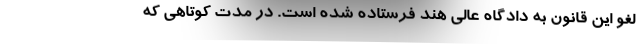
لغو این قانون به دادگاه عالی هند فرستاده شده است. در مدت کوتاهی که